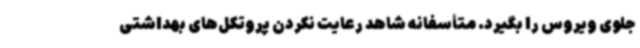
جلوی ویروس را بگیرد. متأسفانه شاهد رعایت نکردن پروتکل‌های بهداشتی